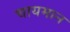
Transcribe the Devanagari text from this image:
चायमान